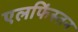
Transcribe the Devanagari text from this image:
एलफिंस्तन